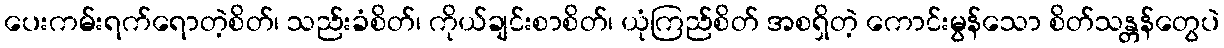
ပေးကမ်းရက်ရောတဲ့စိတ်၊ သည်းခံစိတ်၊ ကိုယ်ချင်းစာစိတ်၊ ယုံကြည်စိတ် အစရှိတဲ့ ကောင်းမွန်သော စိတ်သန္တန်တွေပဲ